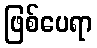
ဖြစ်ပေရာ